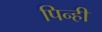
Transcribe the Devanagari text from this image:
पिन्ही